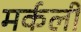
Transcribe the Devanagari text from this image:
मर्कली